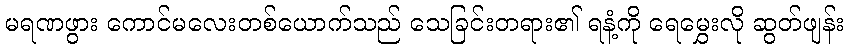
မရဏဖွား ကောင်မလေးတစ်ယောက်သည် သေခြင်းတရား၏ ရနံ့ကို ရေမွှေးလို ဆွတ်ဖျန်း